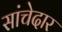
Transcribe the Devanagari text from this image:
सांचेदार